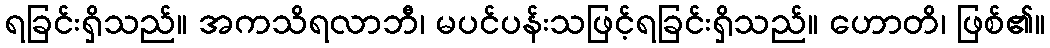
ရခြင်းရှိသည်။ အကသိရလာဘီ၊ မပင်ပန်းသဖြင့်ရခြင်းရှိသည်။ ဟောတိ၊ ဖြစ်၏။